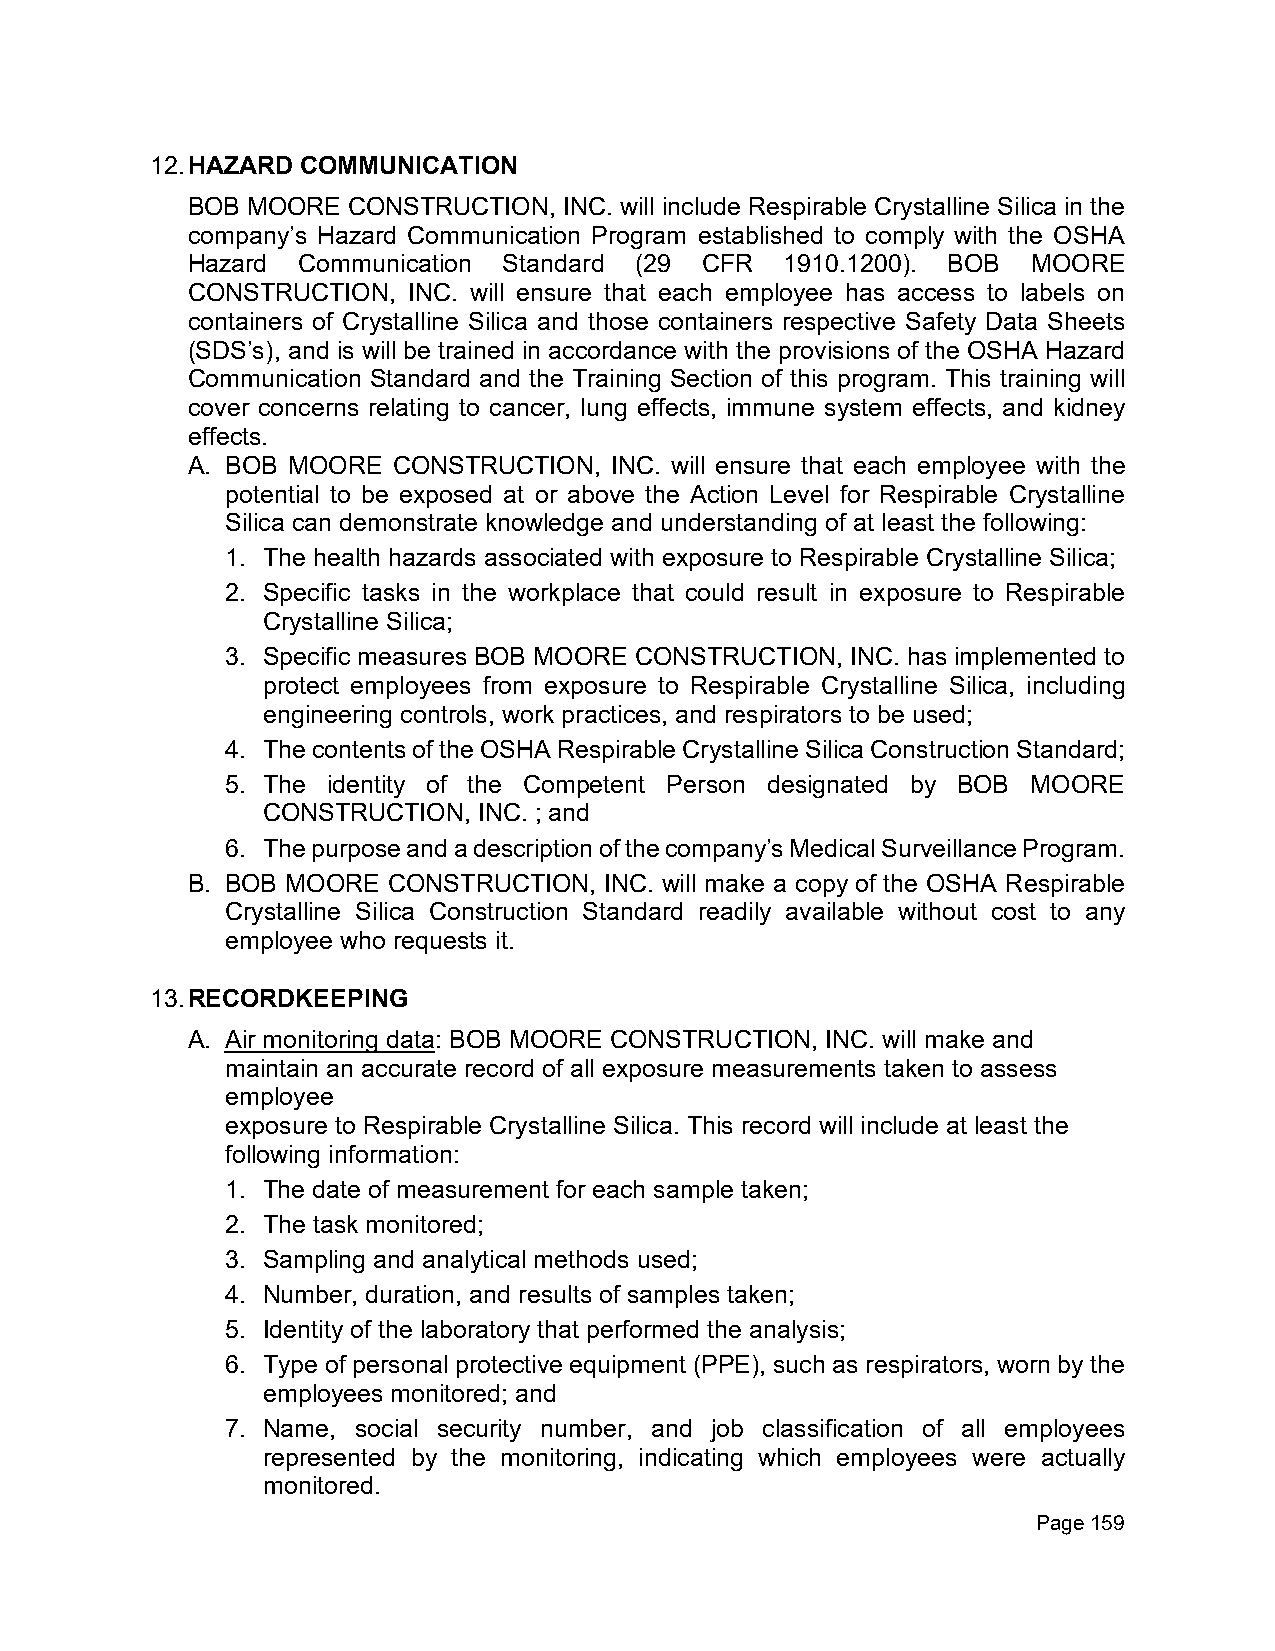
12. HAZARD COMMUNICATION
 BOB MOORE  CONSTRUCTION, INC. will include Respirable Crystalline Silica in the
 company’s Hazard Communication Program established to comply with the OSHA
 Hazard  Communication Standard (29 CFR  1910.1200). BOB MOORE
 CONSTRUCTION,  INC. will ensure that each employee has access to labels on
 containers of Crystalline Silica and those containers respective Safety Data Sheets
 (SDS’s), and is will be trained in accordance with the provisions of the OSHA Hazard
 Communication Standard and the Training Section of this program. This training will
 cover concerns relating to cancer, lung effects, immune system effects, and kidney
 effects.
 A. BOB MOORE  CONSTRUCTION, INC. will ensure that each employee with the
 potential to be exposed at or above the Action Level for Respirable Crystalline
 Silica can demonstrate knowledge and understanding of at least the following:
 1. The health hazards associated with exposure to Respirable Crystalline Silica;
 2. Specific tasks in the workplace that could result in exposure to Respirable
 Crystalline Silica;
 3. Specific measures BOB MOORE CONSTRUCTION, INC. has implemented to
 protect employees from exposure to Respirable Crystalline Silica, including
 engineering controls, work practices, and respirators to be used;
 4. The contents of the OSHA Respirable Crystalline Silica Construction Standard;
 5. The identity of the Competent Person designated by BOB MOORE
 CONSTRUCTION,  INC. ; and
 6. The purpose and a description of the company’s Medical Surveillance Program.
 B. BOB MOORE  CONSTRUCTION, INC. will make a copy of the OSHA Respirable
 Crystalline Silica Construction Standard readily available without cost to any
 employee who requests it.
 13. RECORDKEEPING
 A. Air monitoring data: BOB MOORE CONSTRUCTION, INC. will make and
 maintain an accurate record of all exposure measurements taken to assess
 employee
 exposure to Respirable Crystalline Silica. This record will include at least the
 following information:
 1. The date of measurement for each sample taken;
 2. The task monitored;
 3. Sampling and analytical methods used;
 4. Number, duration, and results of samples taken;
 5. Identity of the laboratory that performed the analysis;
 6. Type of personal protective equipment (PPE), such as respirators, worn by the
 employees monitored; and
 7. Name, social security number, and job classification of all employees
 represented by the monitoring, indicating which employees were actually
 monitored.
 Page 159